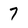
Character: 7